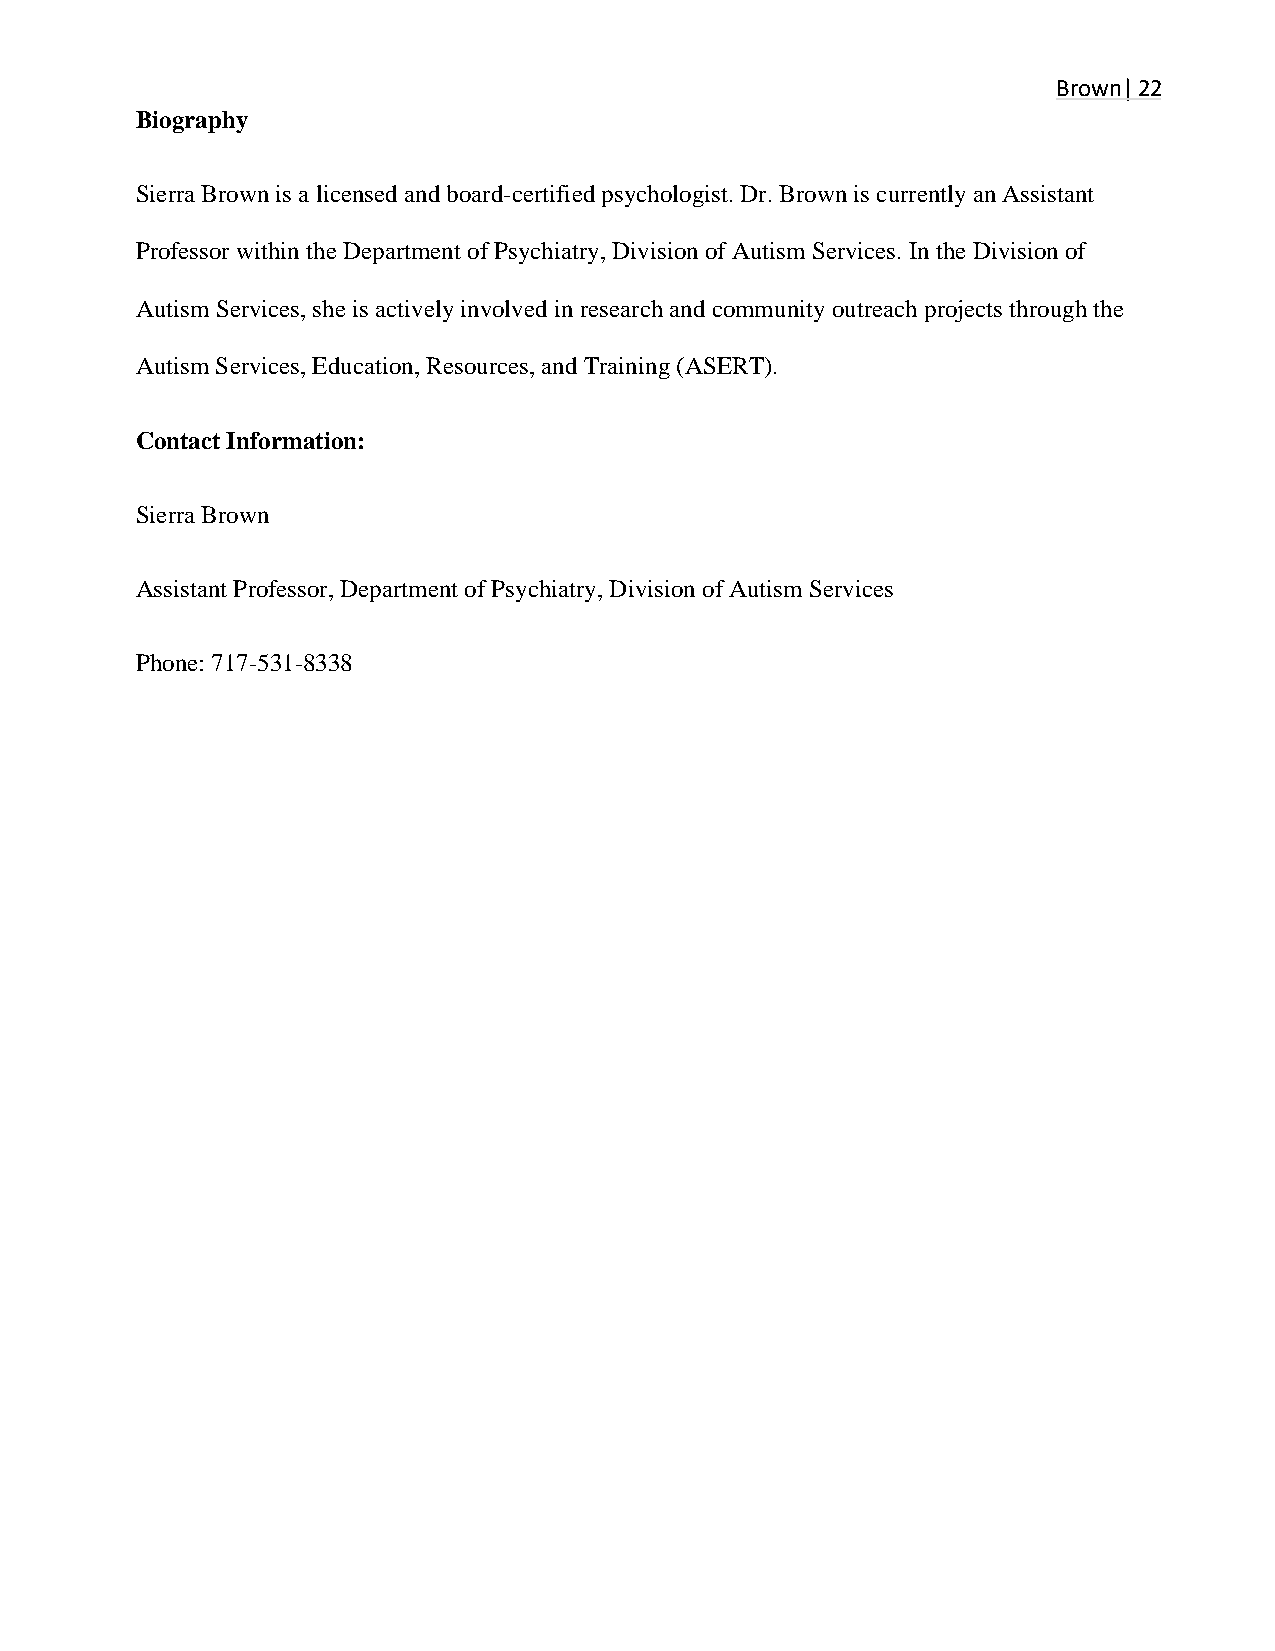
Brown| 22
 Biography                                                       Frantz
 | 22
 Sierra Brown is a licensed and board-certified psychologist. Dr. Brown is currently an Assistant
 Professor within the Department of Psychiatry, Division of Autism Services. In the Division of
 Autism Services, she is actively involved in research and community outreach projects through the
 Autism Services, Education, Resources, and Training (ASERT).
 Contact Information:
 Sierra Brown
 Assistant Professor, Department of Psychiatry, Division of Autism Services
 Phone: 717-531-8338